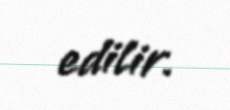
edilir.